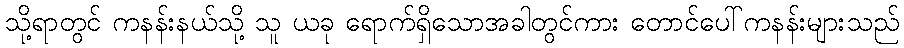
သို့ရာတွင် ကနန်းနယ်သို့ သူ ယခု ရောက်ရှိသောအခါတွင်ကား တောင်ပေါ်ကနန်းများသည်